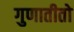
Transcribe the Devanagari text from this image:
गुणातीतो